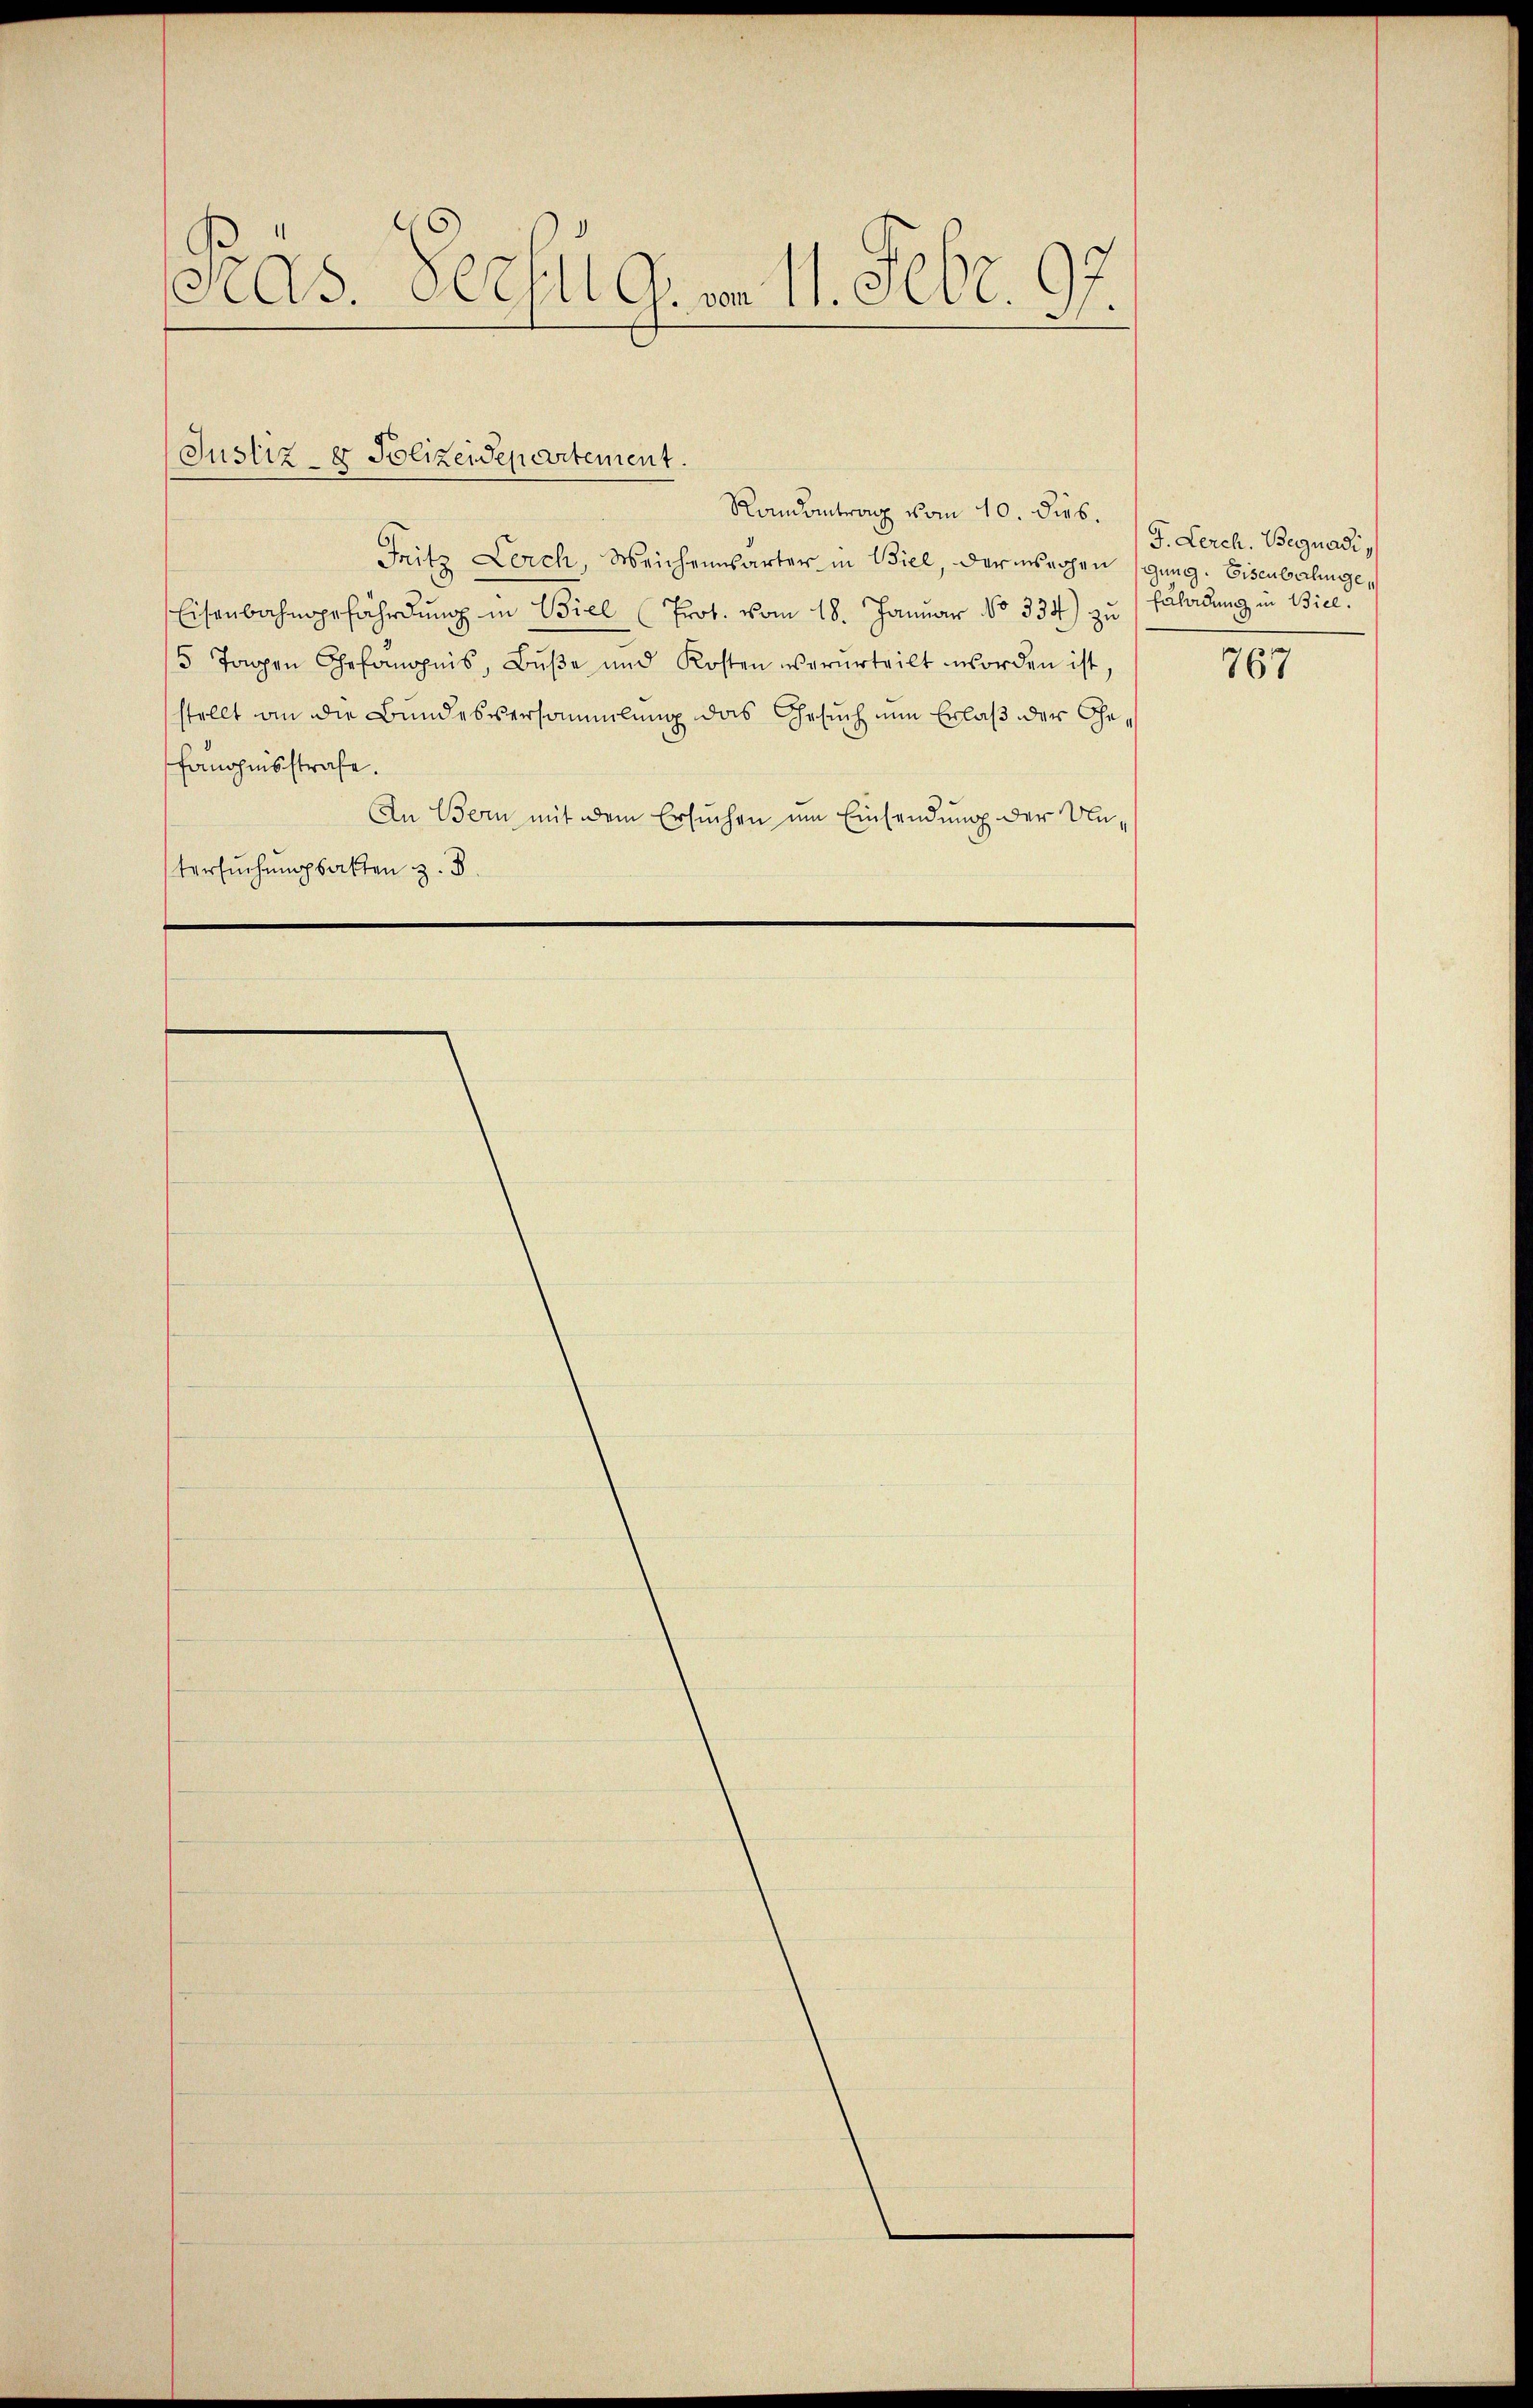
Präs. Rechtig. vom 11. Febr. 97

Justiz- & Polizeidepartement.
Randantrag vom 10. dies.

Fritz Lerch, Weichensarter in Biel, der machen (gung. Eisenbahnge¬
Eisenbahngefährdung in Viel Prot. vom 18. Januar No 334) zu
5 Tagen Gefängnis, Bŭβe und Kosten verŭrteilt worden ist,
stellt an die Bundesversammlung das Gesuch nun Erlaß der Gefängnisstrafe.
An Bern mit dem Ersuchen um Einsendung der Untersuchungsakten z. B

J. Lerch. Begnadi
Erladung in Biel.
767